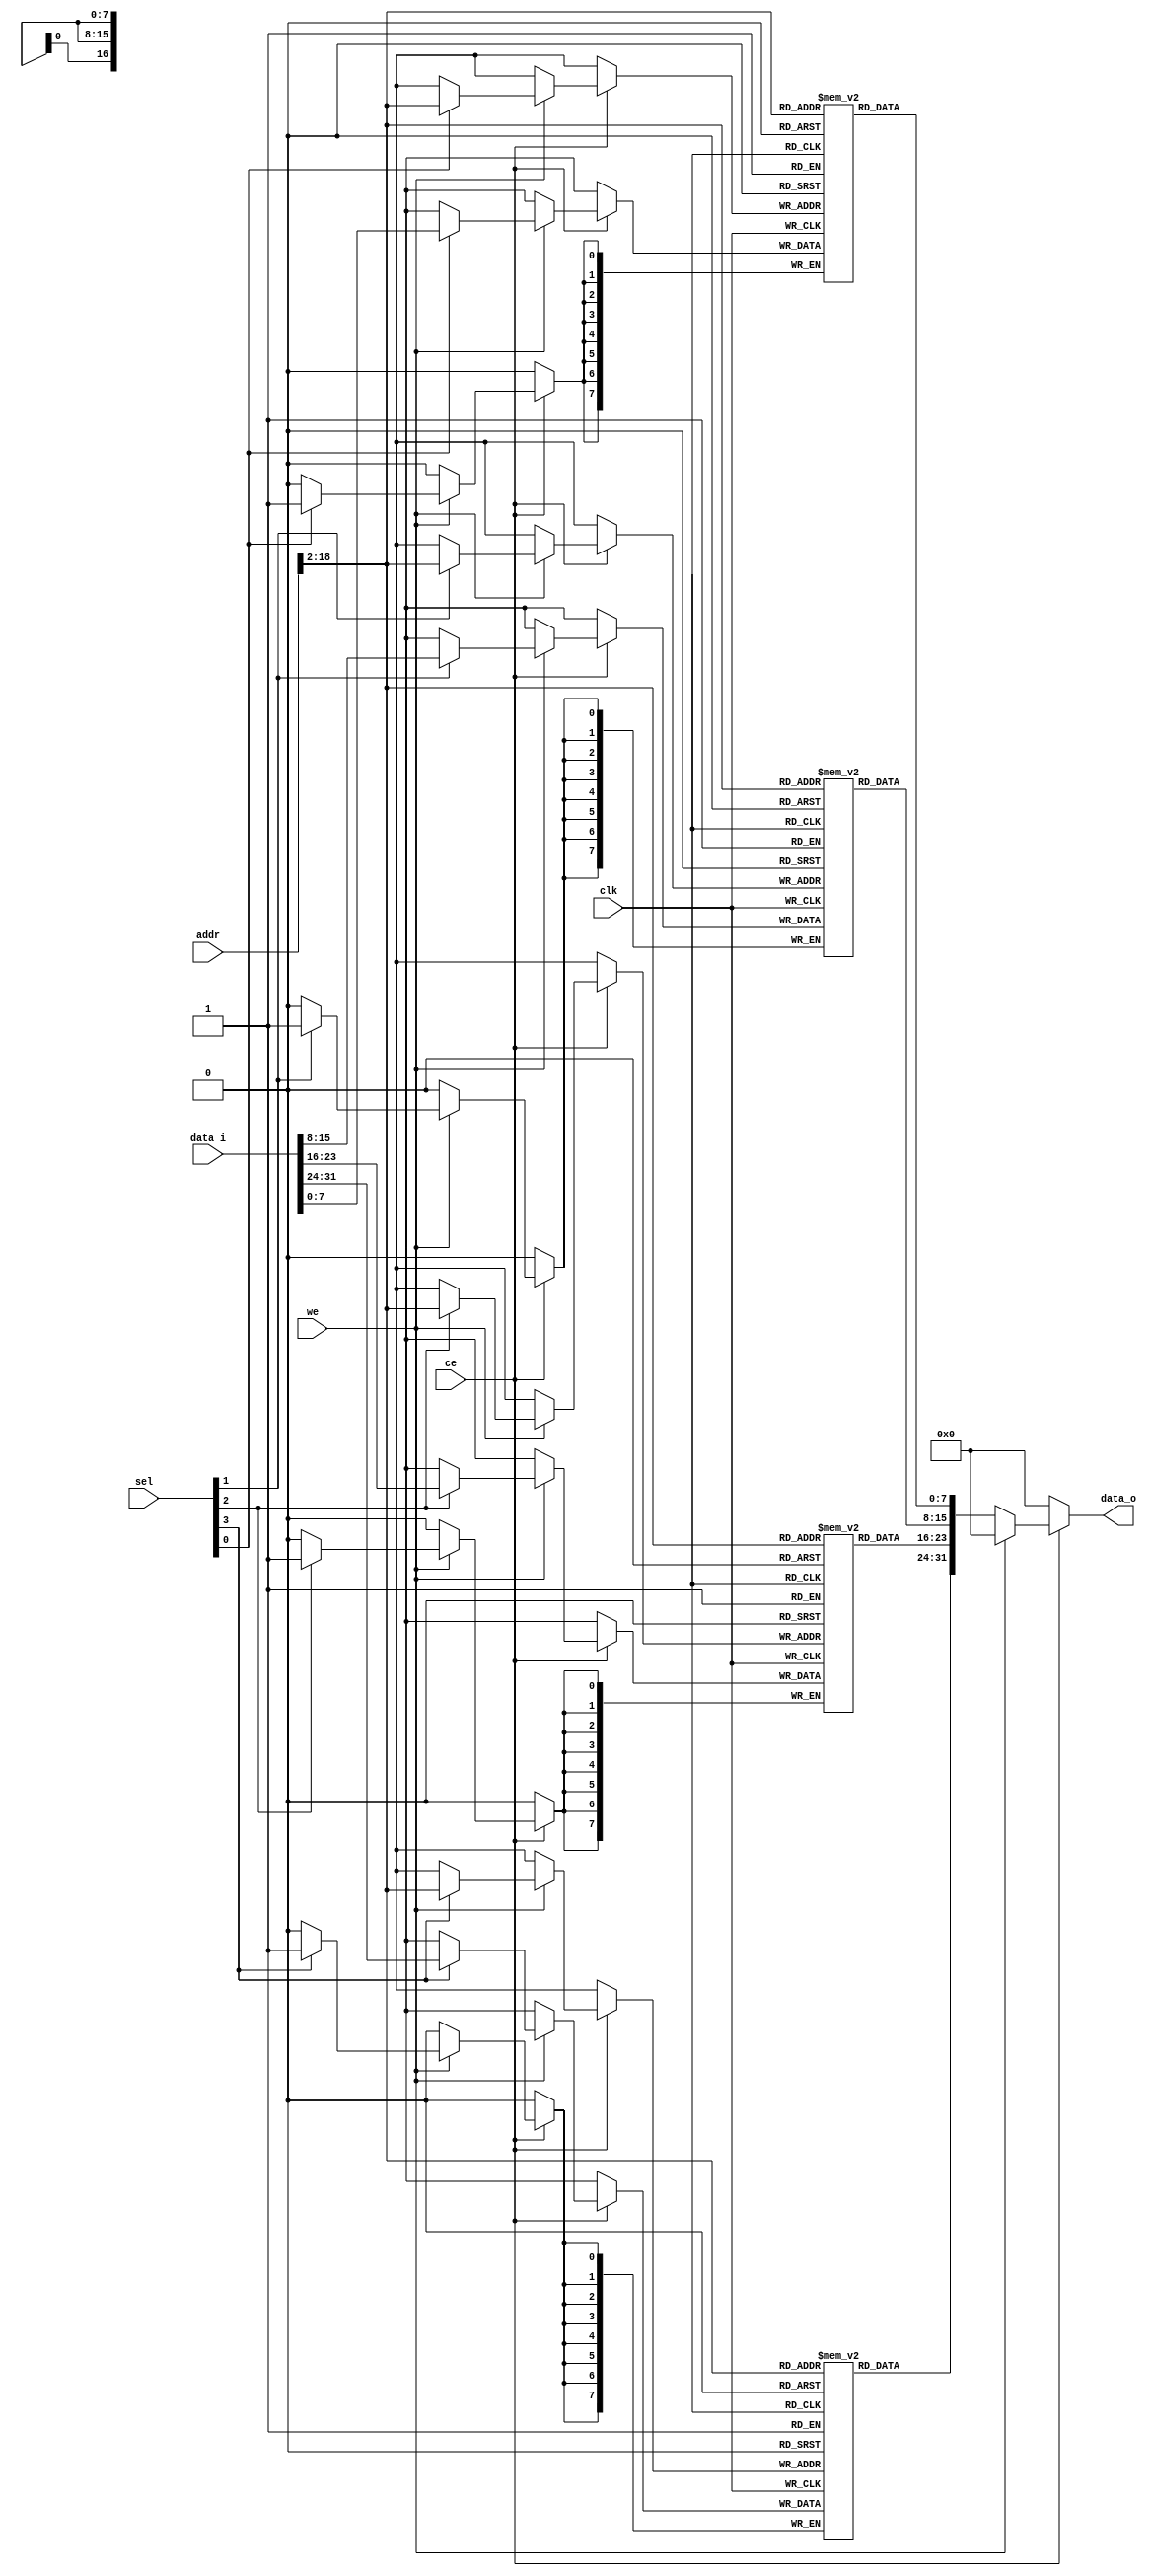
module data_ram(
	input wire clk,//ʱź
	input wire ce,//ʹźţʾǷѡ
	input wire we,//дʹ
	input wire[31:0] addr,//Ҫʵĵַ
	input wire[3:0] sel,//ֽѡź
	input wire[31:0] data_i,//Ҫд
	output reg[31:0] data_o//Ҫ
	
);

	reg[7:0]  data_mem0[0:131071-1];
	reg[7:0]  data_mem1[0:131071-1];
	reg[7:0]  data_mem2[0:131071-1];
	reg[7:0]  data_mem3[0:131071-1];

	always @ (posedge clk) begin
		if (ce == 1'b0) begin
			//data_o <= ZeroWord;
		end else if(we == 1'b1) begin
			  if (sel[3] == 1'b1) begin
		      data_mem3[addr[17+1:2]] <= data_i[31:24];
		    end
			  if (sel[2] == 1'b1) begin
		      data_mem2[addr[17+1:2]] <= data_i[23:16];
		    end
		    if (sel[1] == 1'b1) begin
		      data_mem1[addr[17+1:2]] <= data_i[15:8];
		    end
			  if (sel[0] == 1'b1) begin
		      data_mem0[addr[17+1:2]] <= data_i[7:0];
		    end			   	    
		end
	end
	
	always @ (*) begin
		if (ce == 1'b0) begin
			data_o <= 32'h00000000;
	  end else if(we == 1'b0) begin
		    data_o <= {data_mem3[addr[17+1:2]],
		               data_mem2[addr[17+1:2]],
		               data_mem1[addr[17+1:2]],
		               data_mem0[addr[17+1:2]]};
		end else begin
				data_o <= 32'h00000000;
		end
	end		

endmodule